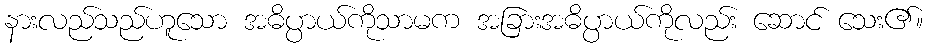
နားလည်သည်ဟူသော အဓိပ္ပာယ်ကိုသာမက အခြားအဓိပ္ပာယ်ကိုလည်း ဆောင် သေး၏။